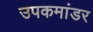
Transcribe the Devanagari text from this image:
उपकमांडर